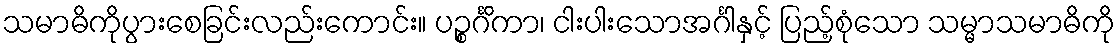
သမာဓိကိုပွားစေခြင်းလည်းကောင်း။ ပဉ္စင်္ဂိကာ၊ ငါးပါးသောအင်္ဂါနှင့် ပြည့်စုံသော သမ္မာသမာဓိကို